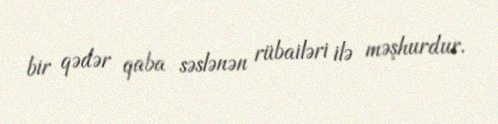
bir qədər qaba səslənən rübailəri ilə məşhurdur.